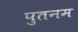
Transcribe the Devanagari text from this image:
पुतनम